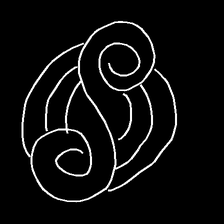
Glyph: wind-underfoot